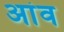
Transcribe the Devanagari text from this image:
अांव